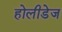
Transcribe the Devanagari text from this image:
होलीडेज